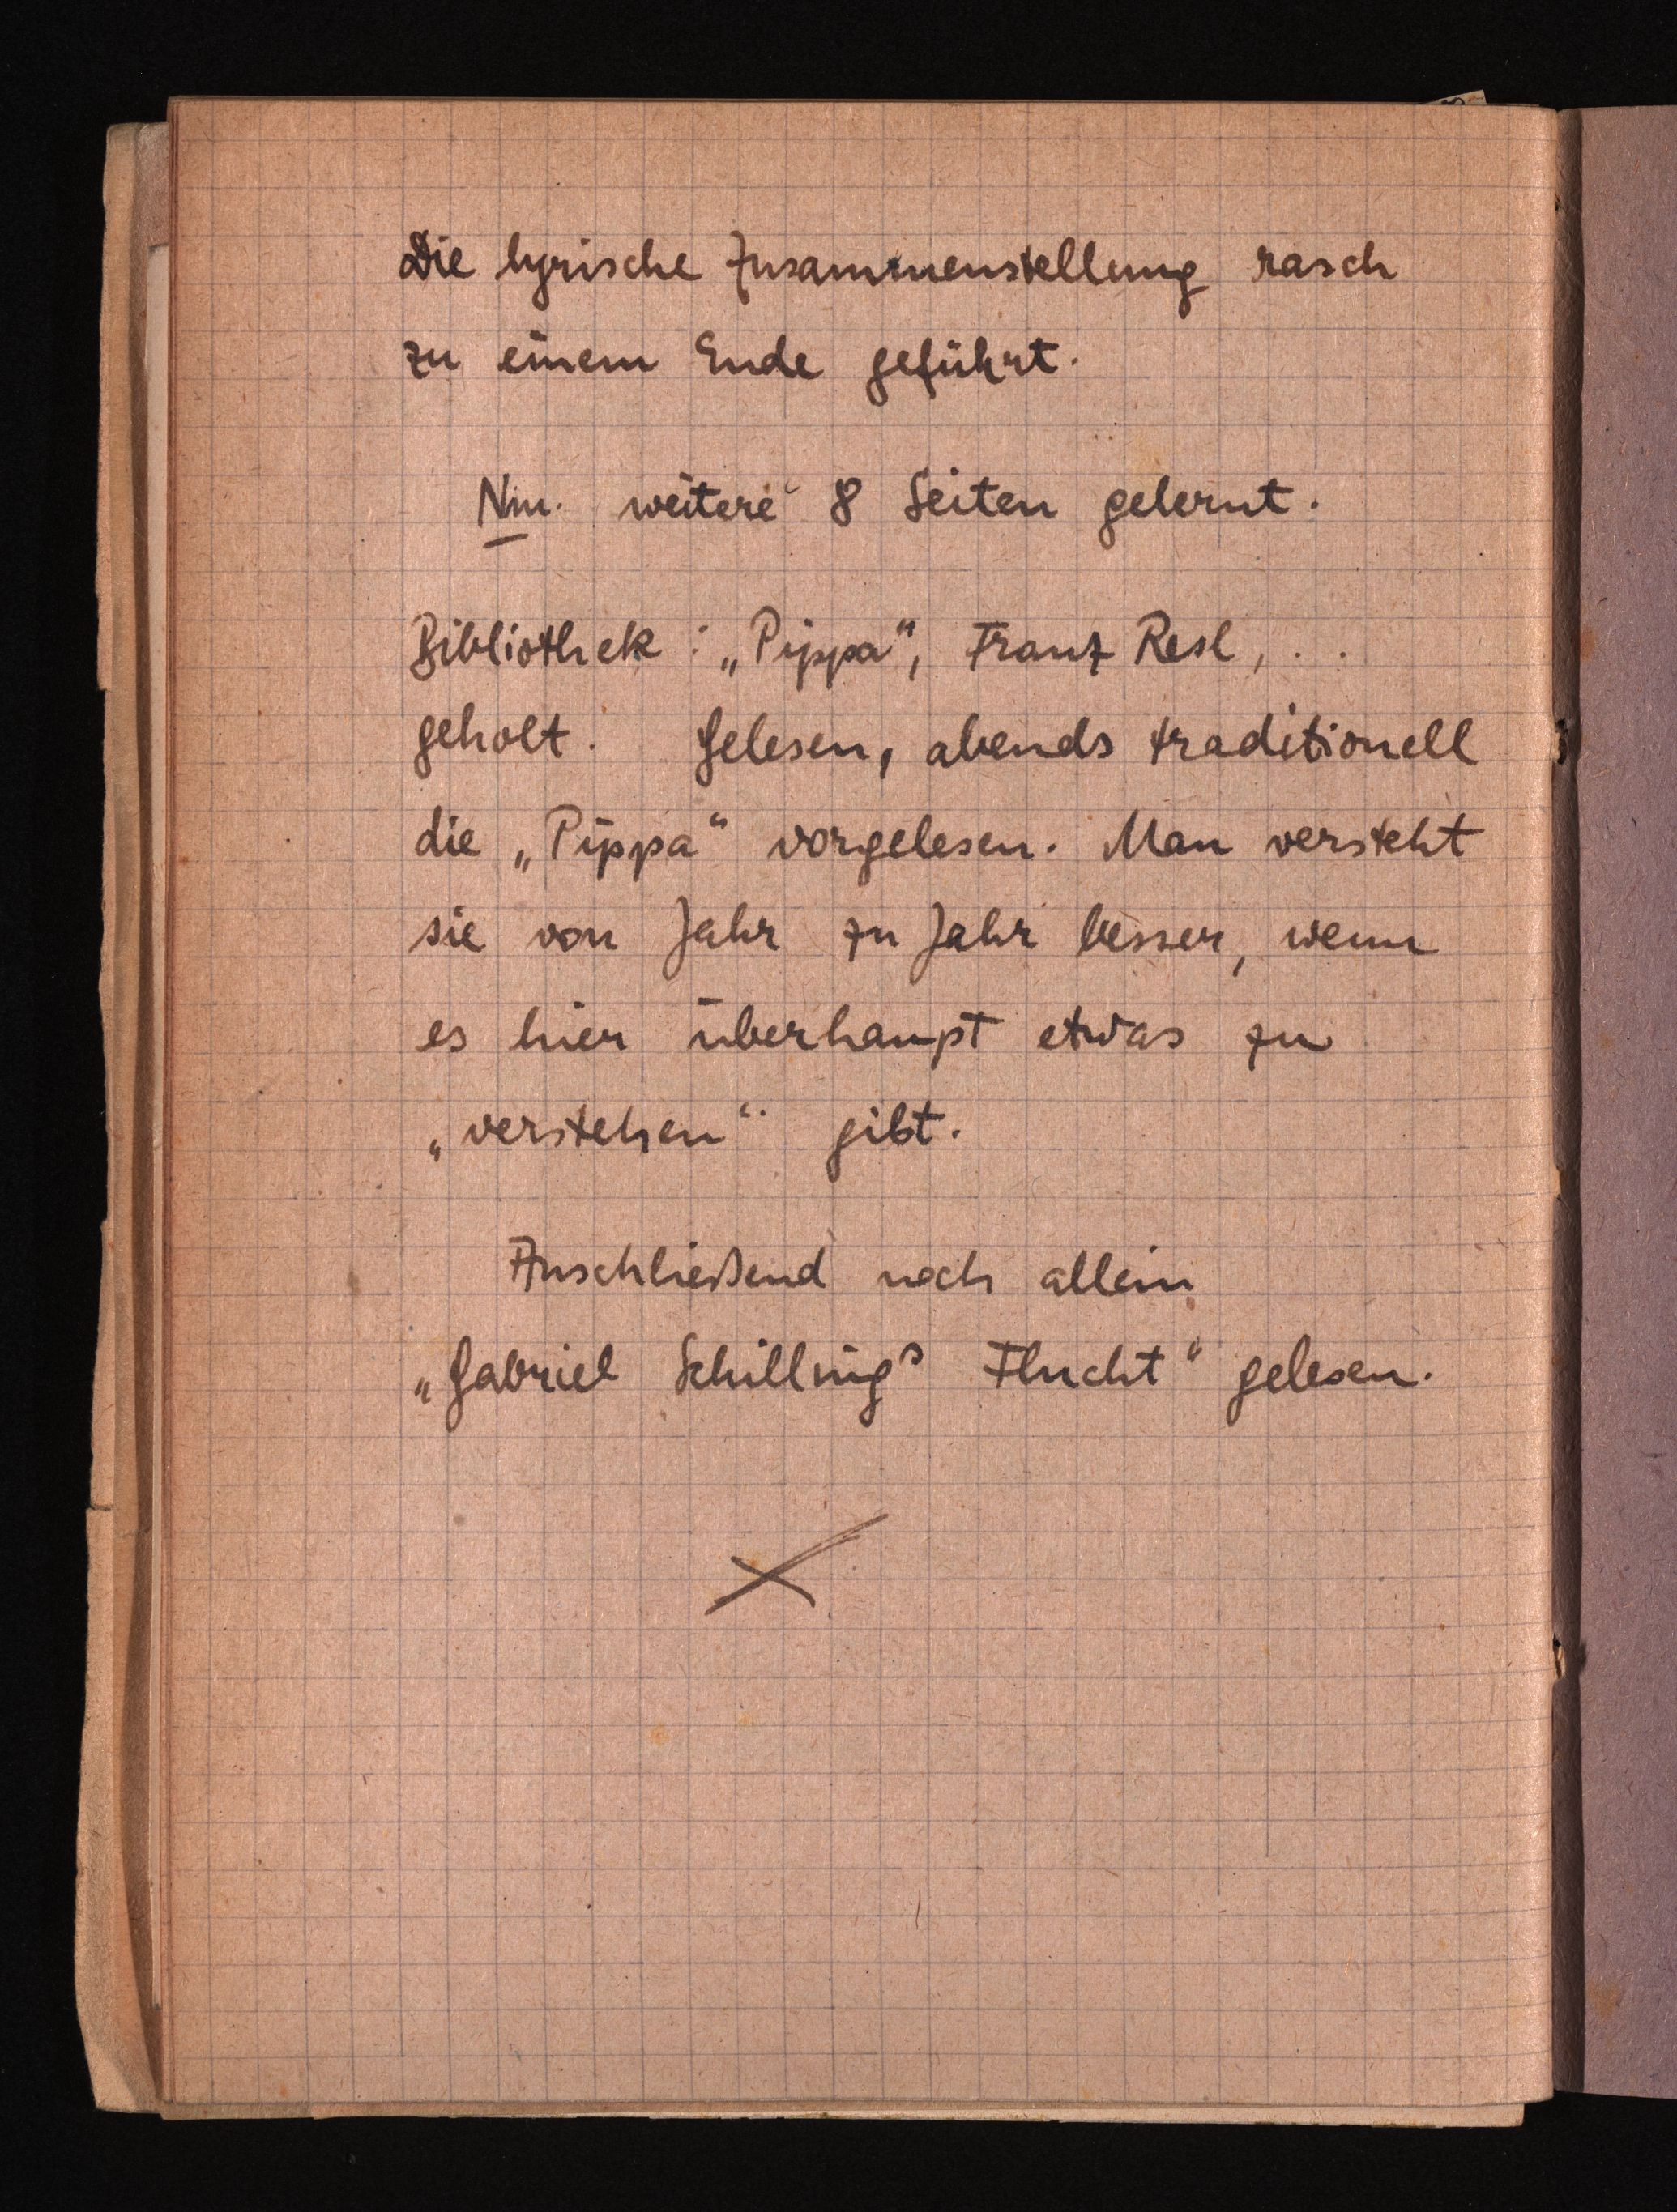
Die lyrische Zusammenstellung rasch
zu einem Ende geführt.
Nm. weitere 8 Seiten gelernt.
Bibliothek: "Pippa", Franz Resl, ..
geholt. Gelesen, abends traditionell
die "Pippa" vorgelesen. Man versteht
sie von Jahr zu Jahr besser, wenn
es hier überhaupt etwas zu
"verstehen" gibt.
Anschließend noch allein
"Gabriel Schillings Flucht" gelesen.